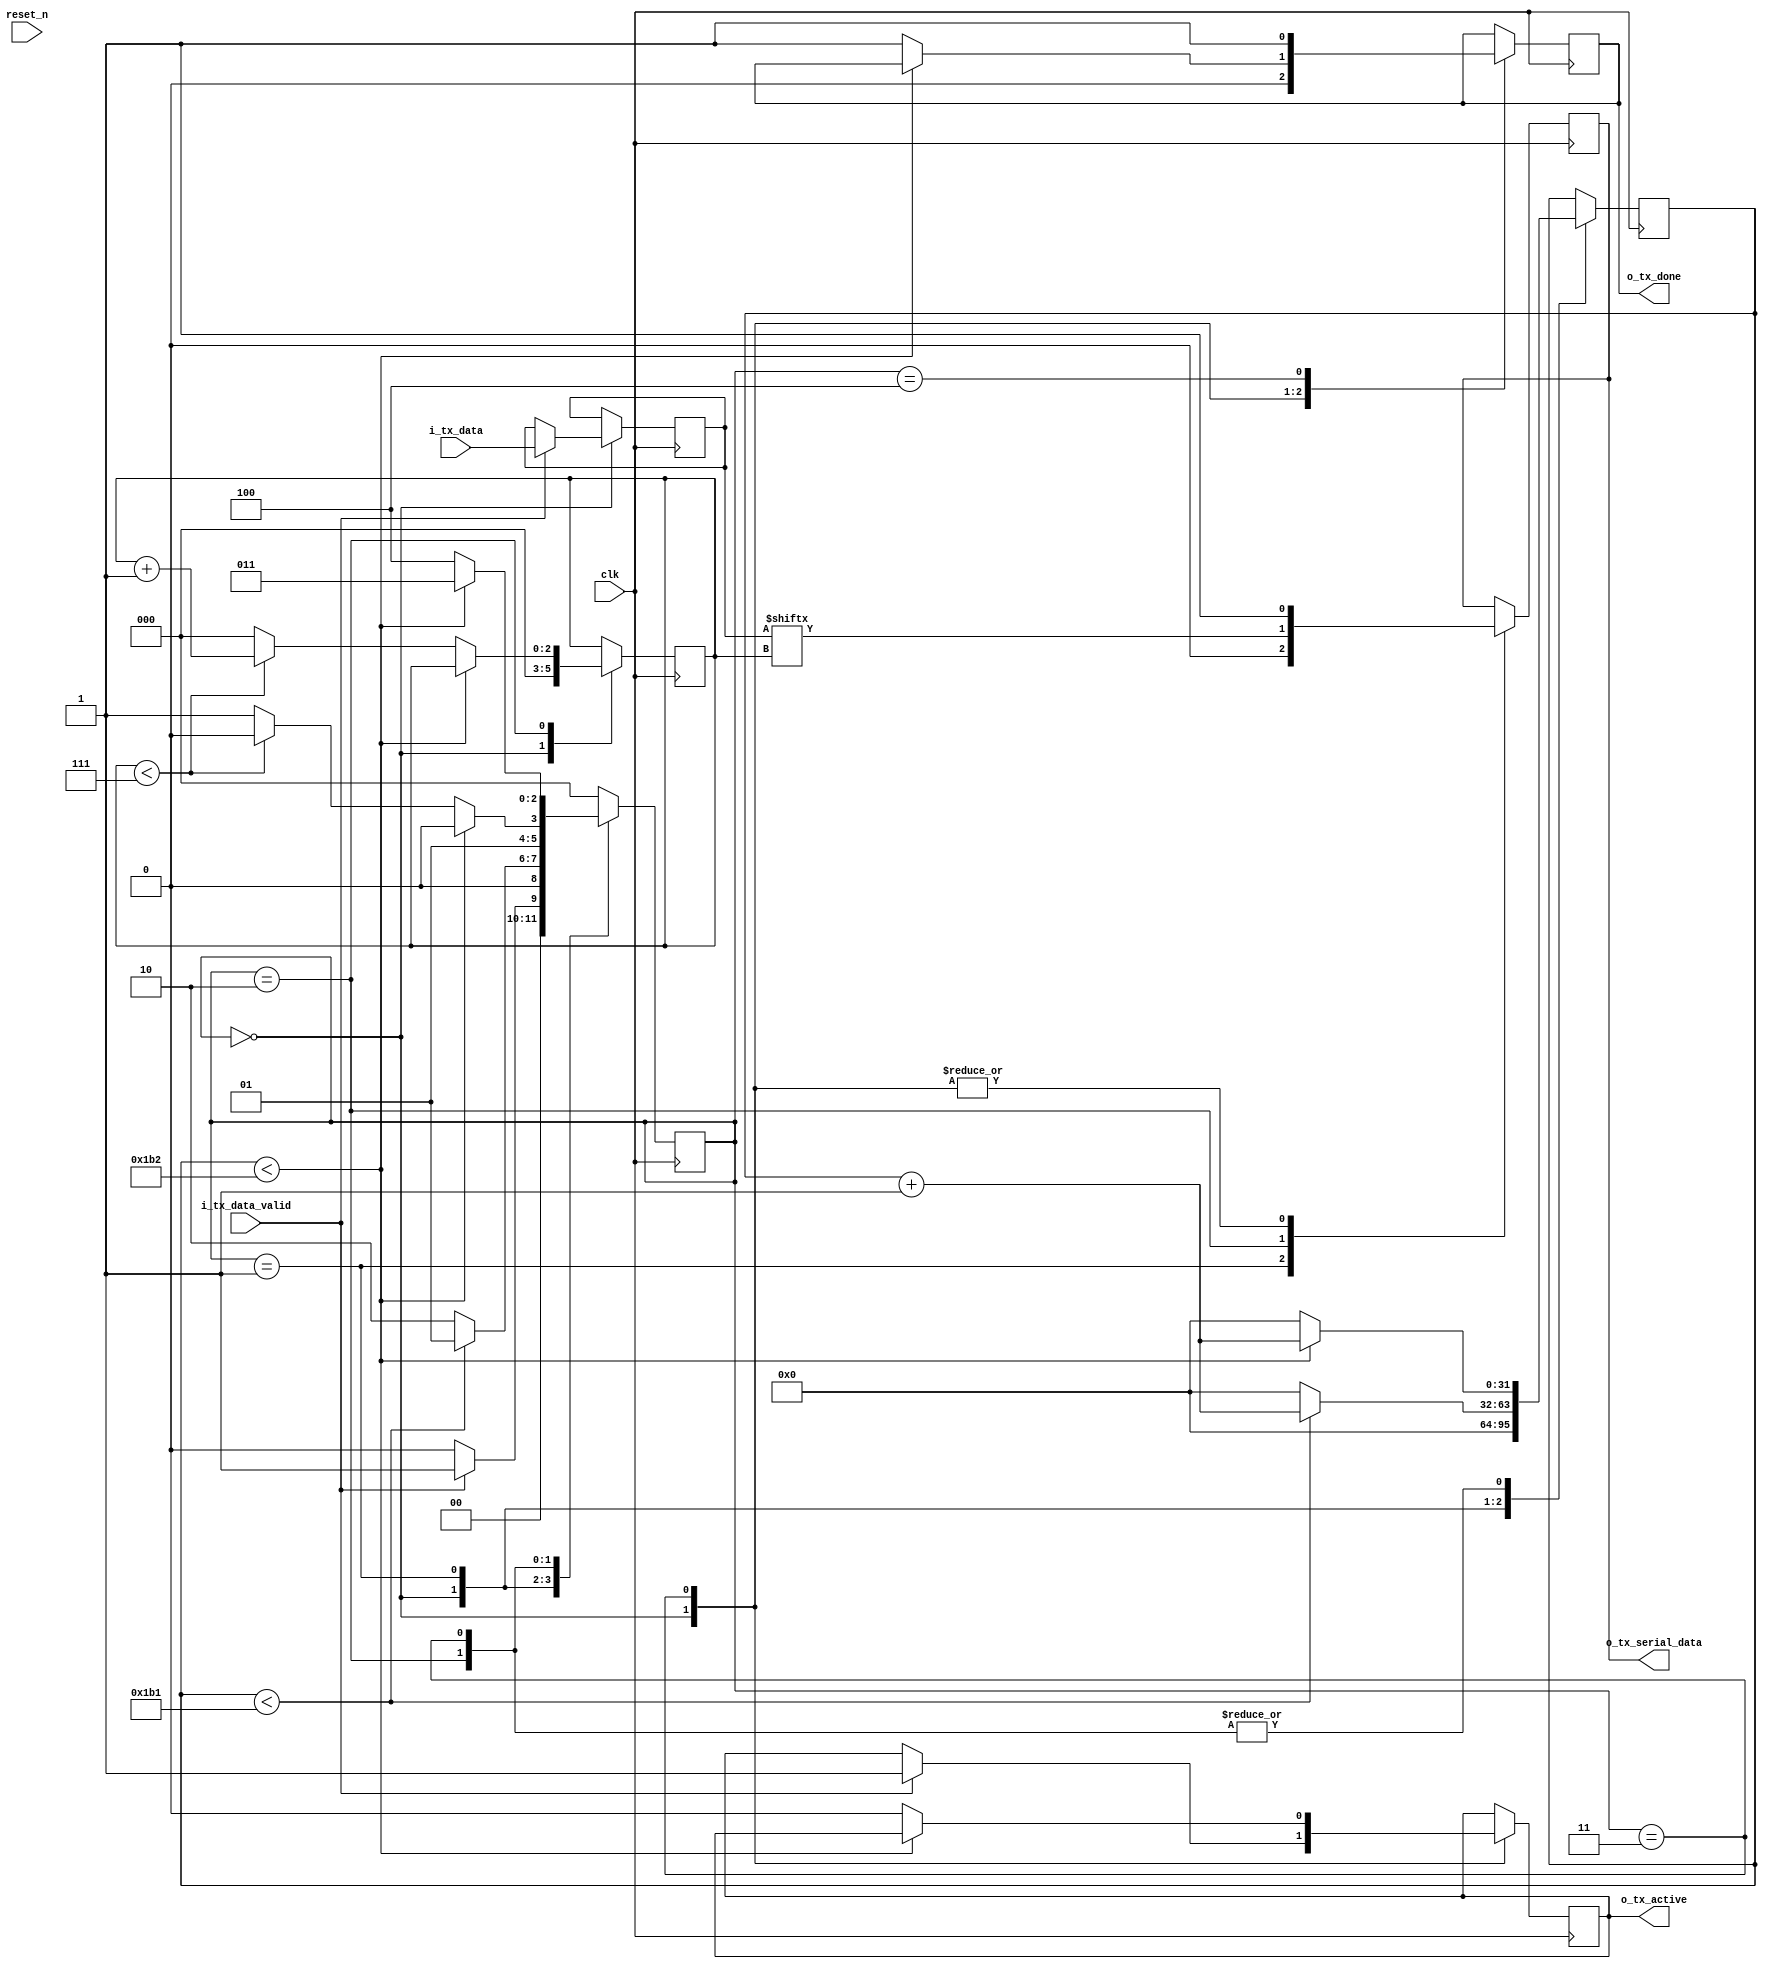
`timescale 1ns / 1ps
//////////////////////////////////////////////////////////////////////////////////
// Company: 
// Engineer: 
// 
// Design Name: 
// Module Name: uart_tx
// Project Name: 
// Target Devices: 
// Tool Versions: 
// Description: 
// 
// Dependencies: 
// 
// Revision:
// Revision 0.01 - File Created
// Additional Comments:
// 
//////////////////////////////////////////////////////////////////////////////////


module uart_tx #(parameter CLKS_PER_BIT=100000000/230400)(
    input clk,
    input reset_n,
    input i_tx_data_valid,
    input [7:0] i_tx_data,
    output reg o_tx_active=0,
    output reg o_tx_serial_data=0,
    output reg o_tx_done=0
    );
    parameter IDLE = 'd0,
    TX_START_BIT='d1,
    TX_DATA='d2,
    TX_STOP_BIT='d3,
    TX_CLEANUP='d4;
    reg [2:0] r_current_state=IDLE;
    reg [31:0] r_clocks_count=0;
    reg [2:0] r_bit_index=0;
    reg [7:0] r_tx_data=0;

    always @(posedge clk)
    begin
        case(r_current_state)
        IDLE:
        begin
            o_tx_serial_data<=1;
            o_tx_done<=0;
            r_clocks_count <=0;
            r_bit_index<=0;
            if(i_tx_data_valid)
            begin
                o_tx_active <= 1;
                r_tx_data<=i_tx_data;
                r_current_state<=TX_START_BIT;
            end
            else
                r_current_state<=IDLE;     
        end
        TX_START_BIT:
        begin
            o_tx_serial_data<=0;
            if(r_clocks_count<CLKS_PER_BIT-1)
            begin
                r_clocks_count<=r_clocks_count+1;
                r_current_state<=TX_START_BIT;
            end
            else
            begin
                r_clocks_count<=0;
                r_current_state<=TX_DATA;
            end
        end
        TX_DATA:
        begin
            o_tx_serial_data<=r_tx_data[r_bit_index];
            if(r_clocks_count<CLKS_PER_BIT)
            begin
                r_clocks_count<=r_clocks_count+1;
                r_current_state<=TX_DATA;
            end
            else
            begin
                r_clocks_count<=0;
                if(r_bit_index<7)
                begin
                    r_bit_index<=r_bit_index+1;
                    r_current_state<=TX_DATA;
                end
                else
                begin
                    r_bit_index<=0;
                    r_current_state<=TX_STOP_BIT;
                end
            end
        end
        TX_STOP_BIT:
        begin
            o_tx_serial_data<=1;
            if(r_clocks_count<CLKS_PER_BIT)
            begin
                r_clocks_count<=r_clocks_count+1;
                r_current_state<=TX_STOP_BIT;
            end
            else
            begin
                o_tx_done<=1;
                r_clocks_count<=0;
                r_current_state<=TX_CLEANUP;
                o_tx_active<=0;
            end
        end
        TX_CLEANUP:
        begin
            o_tx_done<=1;
            r_current_state<=IDLE;
        end
        default:
            r_current_state<=IDLE;
        endcase
        
    end
endmodule